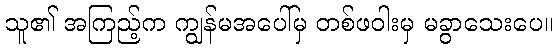
သူ၏ အကြည့်က ကျွန်မအပေါ်မှ တစ်ဖဝါးမှ မခွာသေးပေ။